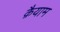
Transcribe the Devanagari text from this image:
क़ैयाम